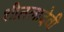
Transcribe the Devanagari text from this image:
शीतलादेवी